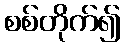
စစ်တိုက်၍